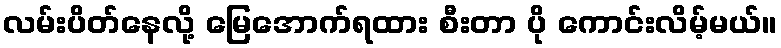
လမ်းပိတ်နေလို့ မြေအောက်ရထား စီးတာ ပို ကောင်းလိမ့်မယ်။